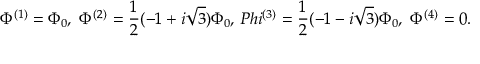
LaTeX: \Phi ^ { ( 1 ) } = \Phi _ { 0 } , \ \Phi ^ { ( 2 ) } = \frac { 1 } { 2 } ( - 1 + i \sqrt { 3 } ) \Phi _ { 0 } , \, P h i ^ { ( 3 ) } = \frac { 1 } { 2 } ( - 1 - i \sqrt { 3 } ) \Phi _ { 0 } , \ \Phi ^ { ( 4 ) } = 0 .